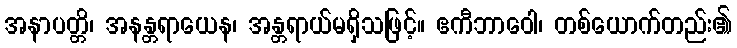
အနာပတ္တိ၊ အနန္တရာယေန၊ အန္တရာယ်မရှိသဖြင့်။ ဧကီဘာဝေါ၊ တစ်ယောက်တည်း၏